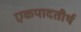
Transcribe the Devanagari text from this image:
एकपादतीर्थ